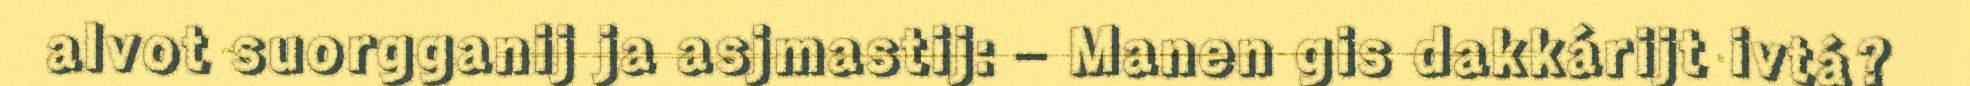
alvot suorgganij ja asjmastij: – Manen gis dakkárijt ivtá?